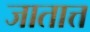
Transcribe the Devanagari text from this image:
जातात्त